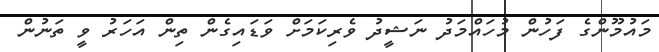
މައުމޫންގެ ފަހުން މުހައްމަދު ނަޝީދު ވެރިކަމަށް ވަޑައިގެން ތިން އަހަރު ވީ ތަނުން